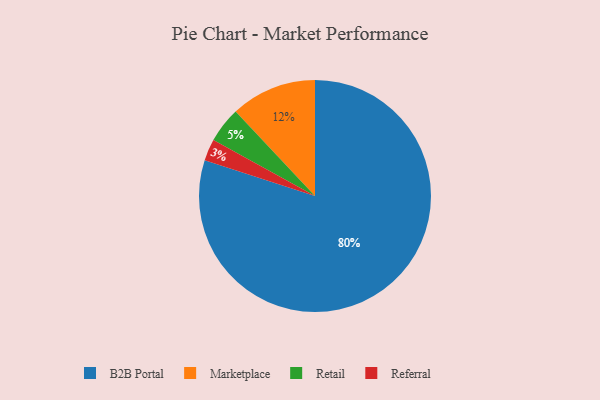
{"axis": {"x": "Category", "y": "Percentage"}, "legend": ["B2B Portal", "Marketplace", "Referral", "Retail"], "data": [{"x": "Marketplace", "y": 12, "type": "Marketplace"}, {"x": "Referral", "y": 3, "type": "Referral"}, {"x": "B2B Portal", "y": 80, "type": "B2B Portal"}, {"x": "Retail", "y": 5, "type": "Retail"}]}